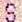
S